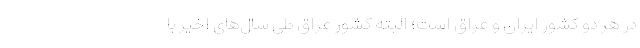
در هر دو کشور ایران و عراق است؛ البته کشور عراق طی سال‌های اخیر با